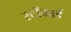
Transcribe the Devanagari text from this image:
स्टॉकार्ड